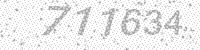
Solution: 711634